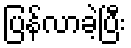
ပြန်လာခဲ့ပြီး